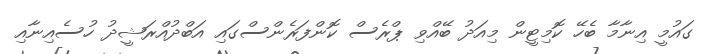
ގައުމީ އިނާމާ ބެހޭ ކޮމިޓީން މިއަދު ބޭއްވި ޕްރެސް ކޮންފަރެންސްގައި އަބްދުއްރަޝީދު ހުސެއިނާއި